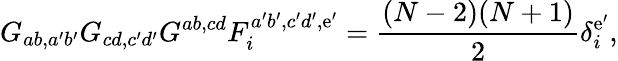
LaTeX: G_{ab,a^{\prime}b^{\prime}}G_{cd,c^{\prime}d^{\prime}}G^{ab,cd}F_{i}^{a^{\prime}b^{\prime},c^{\prime}d^{\prime},\mathrm{e}^{\prime}}=\frac{{(N-2)(N+1)}}{{2}}\delta_{i}^{\mathrm{e}^{\prime}},